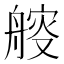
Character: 䑹